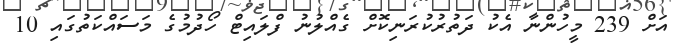
އަށް 239 މީހުންނާ އެކު ދަތުރުކުރަނިކޮށް ގެއްލުނު ފްލައިޓް ހޯދުމުގެ މަސައްކަތުގައި 10